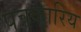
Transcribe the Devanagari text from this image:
पत्रकारिय